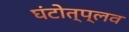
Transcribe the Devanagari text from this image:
घंटोत्प्लव